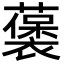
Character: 藵